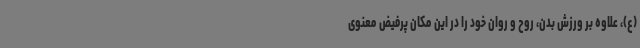
(ع)، علاوه بر ورزش بدن، روح و روان خود را در این مکان پرفیض معنوی